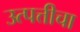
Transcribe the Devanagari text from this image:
उत्पत्तीचा